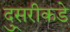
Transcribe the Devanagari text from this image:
दु्सरीकडे